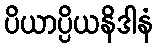
ပိယာပ္ပိယနိဒါနံ